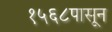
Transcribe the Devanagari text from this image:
१५६८पासून